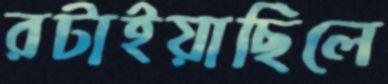
রটাইয়াছিলে